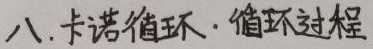
八. 卡诺循环. 循环过程